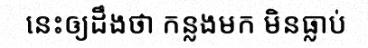
នេះឲ្យដឹងថា កន្លងមក មិនធ្លាប់